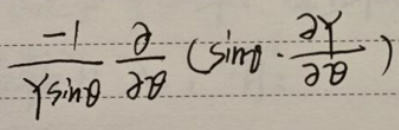
\[
\frac{-1}{Y\sin\theta}\frac{\partial}{\partial\theta}\left(\sin\theta\cdot\frac{\partial Y}{\partial\theta}\right)
\]